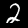
Label: 2